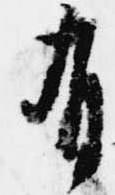
有